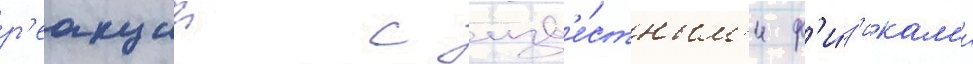
р'еакции с изв'е́стным'и ф'и́з'икам'и